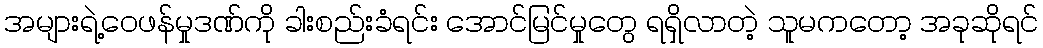
အများရဲ့ဝေဖန်မှုဒဏ်ကို ခါးစည်းခံရင်း အောင်မြင်မှုတွေ ရရှိလာတဲ့ သူမကတော့ အခုဆိုရင်